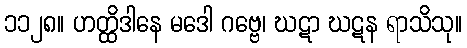
၁၁၂၈။ ဟတ္ထိဒါနေ မဒေါ ဂဗ္ဗေ၊ ဃဋာ ဃဋန ရာသိသု။